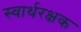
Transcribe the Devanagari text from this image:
स्वार्थरक्षक